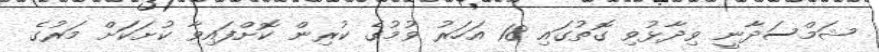
ޝަމްސަދާނީ ވިދާޅުވި ގޮތުގައި 18 އަހަރު ވުމުގެ ކުރިން ކޮށްފައިވާ ކުށަކަަށް މަރުގެ